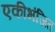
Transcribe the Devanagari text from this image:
एकीभंजित